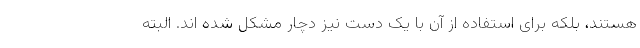
هستند، بلکه برای استفاده از آن با یک دست نیز دچار مشکل شده اند. البته